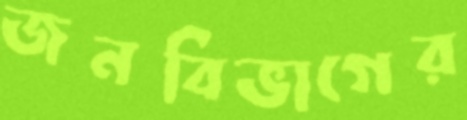
জনবিভাগের